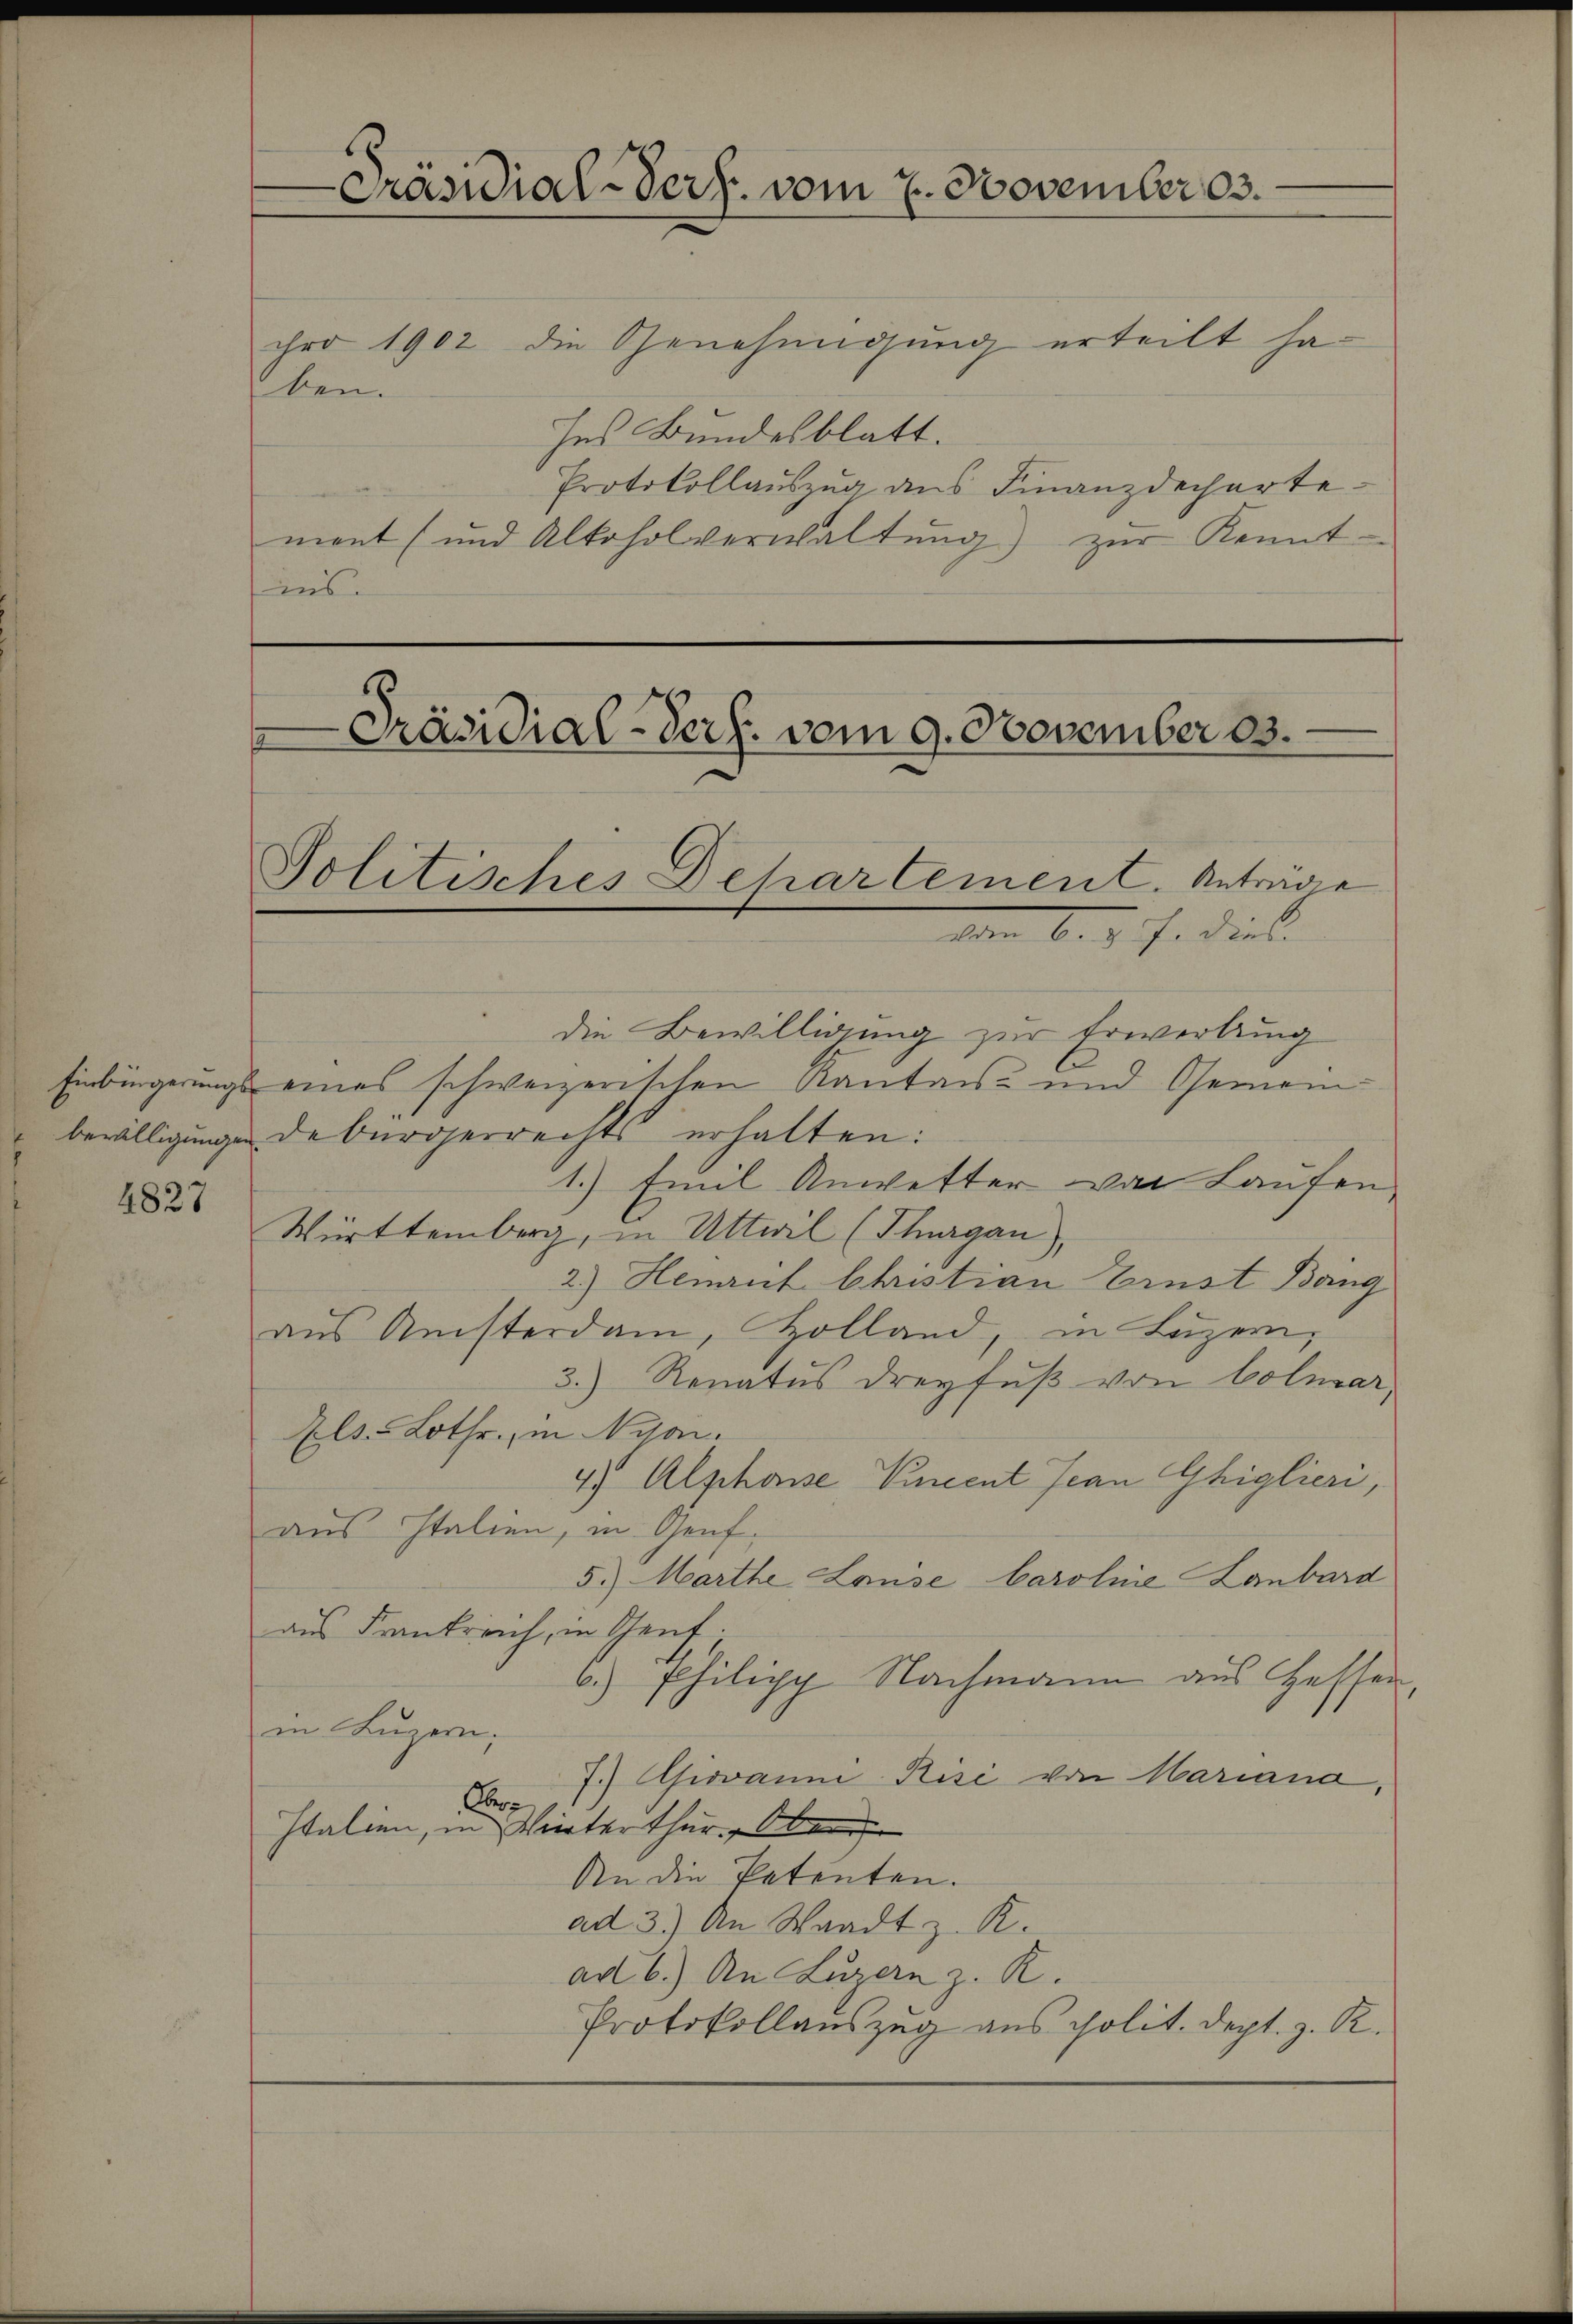
4827

ben.

cro 1902 die Genehmigung erteilt ha¬
Ins Bundesblatt.
Protokollauszug aus Finanzdecharte
mant (und Alkoholverwaltŭng zŭr Kennt-
ins.

Präsidial-Verf. vom 7. November 3.

-Präsidial-Verf. vom 9. November 13.
Politisches Dehartement. Anträge
Ien 6. d. J. die li

die Bewilligung zur Erwerbung
Einbürgerungs eines schweizerischen Kantons- und Gemein-
bewilligungen debürgerrechts erhalten:
1.) Emil Anwetter von Laufen.
Württemberg, in Urteil (Thurgau),
2.) Hemriit Christian Ernst Bang
aus Ansterdam, Holland, in Luzern,
3.) Renatus dreyfuß von Colmar,
Als-Lothr, in Nyai¬
4) Alphose Vincent Jean Ghiglieri,
aus Italien, in Genf,
5.) Marthe Louise Caroline Laubard
aus Frankreich, in Genf.
6.) Philipp Nachmann aus Gessen,
in Luzern.
7.) Giovann Risi von Mariana,
Ober
Italien, in Winterthur. Ober
An die Patenten.
ad 3.) An Waadt z. R.
ad 6.) An Luzern z. R.
Protokollauszug aus polit. Dept. z. R.